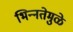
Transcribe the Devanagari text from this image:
भिन्‍नतेमुळे